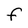
Character: F